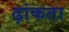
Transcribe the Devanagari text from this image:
ढ़ांकता